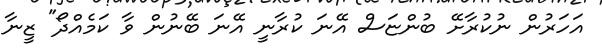
އަހަރުން ނުކުރާށޭ ބުންޏަސް އޭނަ ކުރާނީ އޭނަ ބޭނުން ވާ ކަމެއްދޯ" ޒީނާ